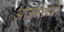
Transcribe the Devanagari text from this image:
आक्रान्ताऔ